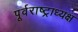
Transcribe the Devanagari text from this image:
पूर्वराष्ट्राध्यक्ष